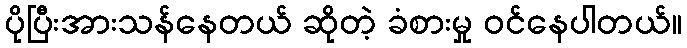
ပိုပြီးအားသန်နေတယ် ဆိုတဲ့ ခံစားမှု ဝင်နေပါတယ်။